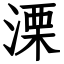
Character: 溧